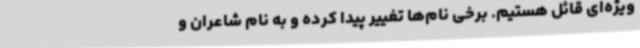
ویژه‌ای قائل هستیم. برخی نام‌ها تغییر پیدا کرده و به نام شاعران و